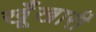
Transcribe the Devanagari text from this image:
खूँखारी